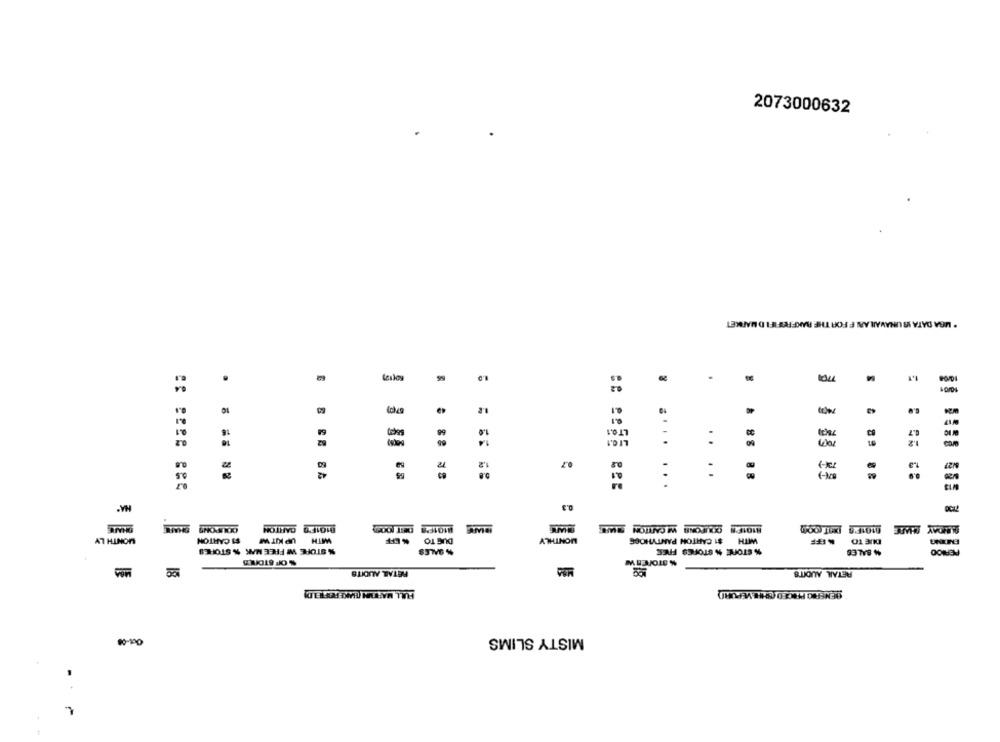
2073000632
* MBA DATA IS UNAVAIL ANNI F FOR THE RAKFREFIFI D MARKET
LTQ.1
1.2
0.7
....
# # 88 88
. .... ...
7130
0.3
OHARE
SHARE
MIO1F'S CARTON
8101P'S DET |009
R101F'S COUPONS W CANTON TWEE
M101F'S DIT 000
MONTH LY
$1 CARTON
UP NITW
WITH
% EFF
DUE TO
MONTHLY
$1 CARTON PANTYHOOG
WITH
NEFF
DUE TO
% STORE W FREE MAK % STORES
% STORE % STORES FREE
% SALES
% SALES
PERIOO
SOF STONES
% STORESW
RETAL AUDITS
RETAIL AUDITS
FULL MARTINI (HAKE REIFT 1.D)
DENERIO PRICED (SHE VEPOR)
MISTY SLIMS
Oct-08
48